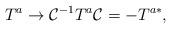
LaTeX: \begin{align*} T^a\to {\cal C}^{-1} T^{a} {\cal C} = -T^{a*},\end{align*}